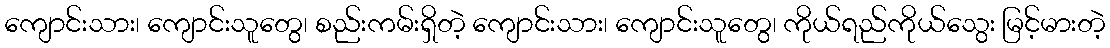
ကျောင်းသား၊ ကျောင်းသူတွေ၊ စည်းကမ်းရှိတဲ့ ကျောင်းသား၊ ကျောင်းသူတွေ၊ ကိုယ်ရည်ကိုယ်သွေး မြင့်မားတဲ့